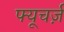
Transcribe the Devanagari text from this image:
फ्यूचर्ज़